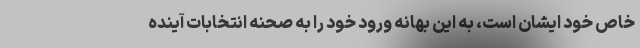
خاص خود ایشان است، به این بهانه ورود خود را به صحنه انتخابات آینده